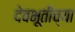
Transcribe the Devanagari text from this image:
देवभूतीच्या